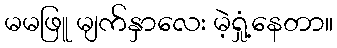
မမဖြူ မျက်နှာလေး မဲ့ရှုံ့နေတာ။